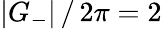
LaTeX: |G_{-}|\, /\, 2\pi=2